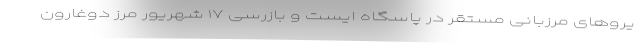
یروهای مرزبانی مستقر در پاسگاه ایست و بازرسی ۱۷ شهریور مرز دوغارون